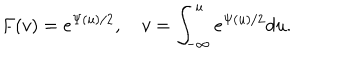
F ( v ) = e ^ { \Psi ( u ) / 2 } , \quad v = \int _ { - \infty } ^ { u } e ^ { \Psi ( u ) / 2 } d u .